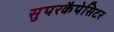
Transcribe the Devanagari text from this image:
सुपरकैपेसिटर